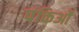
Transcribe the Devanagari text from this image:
पंक्तिओं